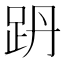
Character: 𧿜